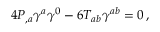
4 P _ { , a } \gamma ^ { a } \gamma ^ { 0 } - 6 T _ { a b } \gamma ^ { a b } = 0 \, ,